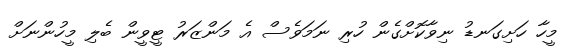
މީހާ ހަށިގަނޑު ނިވާކޮށްގެން ހުރި ނަމަވެސް އެ މަންޒަރު ޓީވީން ބެލި މީހުންނަށް